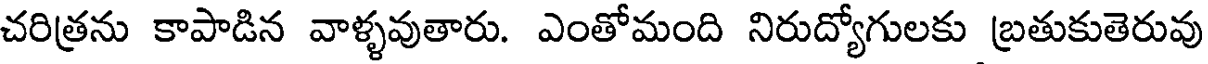
చరిత్రను కాపాడిన వాళ్ళవుతారు. ఎంతోమంది నిరుద్యోగులకు బ్రతుకుతెరువు